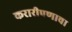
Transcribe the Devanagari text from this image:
करारीपणाचा